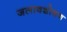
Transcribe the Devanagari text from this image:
जलावशोषण